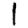
Digit: 1